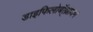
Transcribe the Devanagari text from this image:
डाइफिलोबॉ्थ्रायम